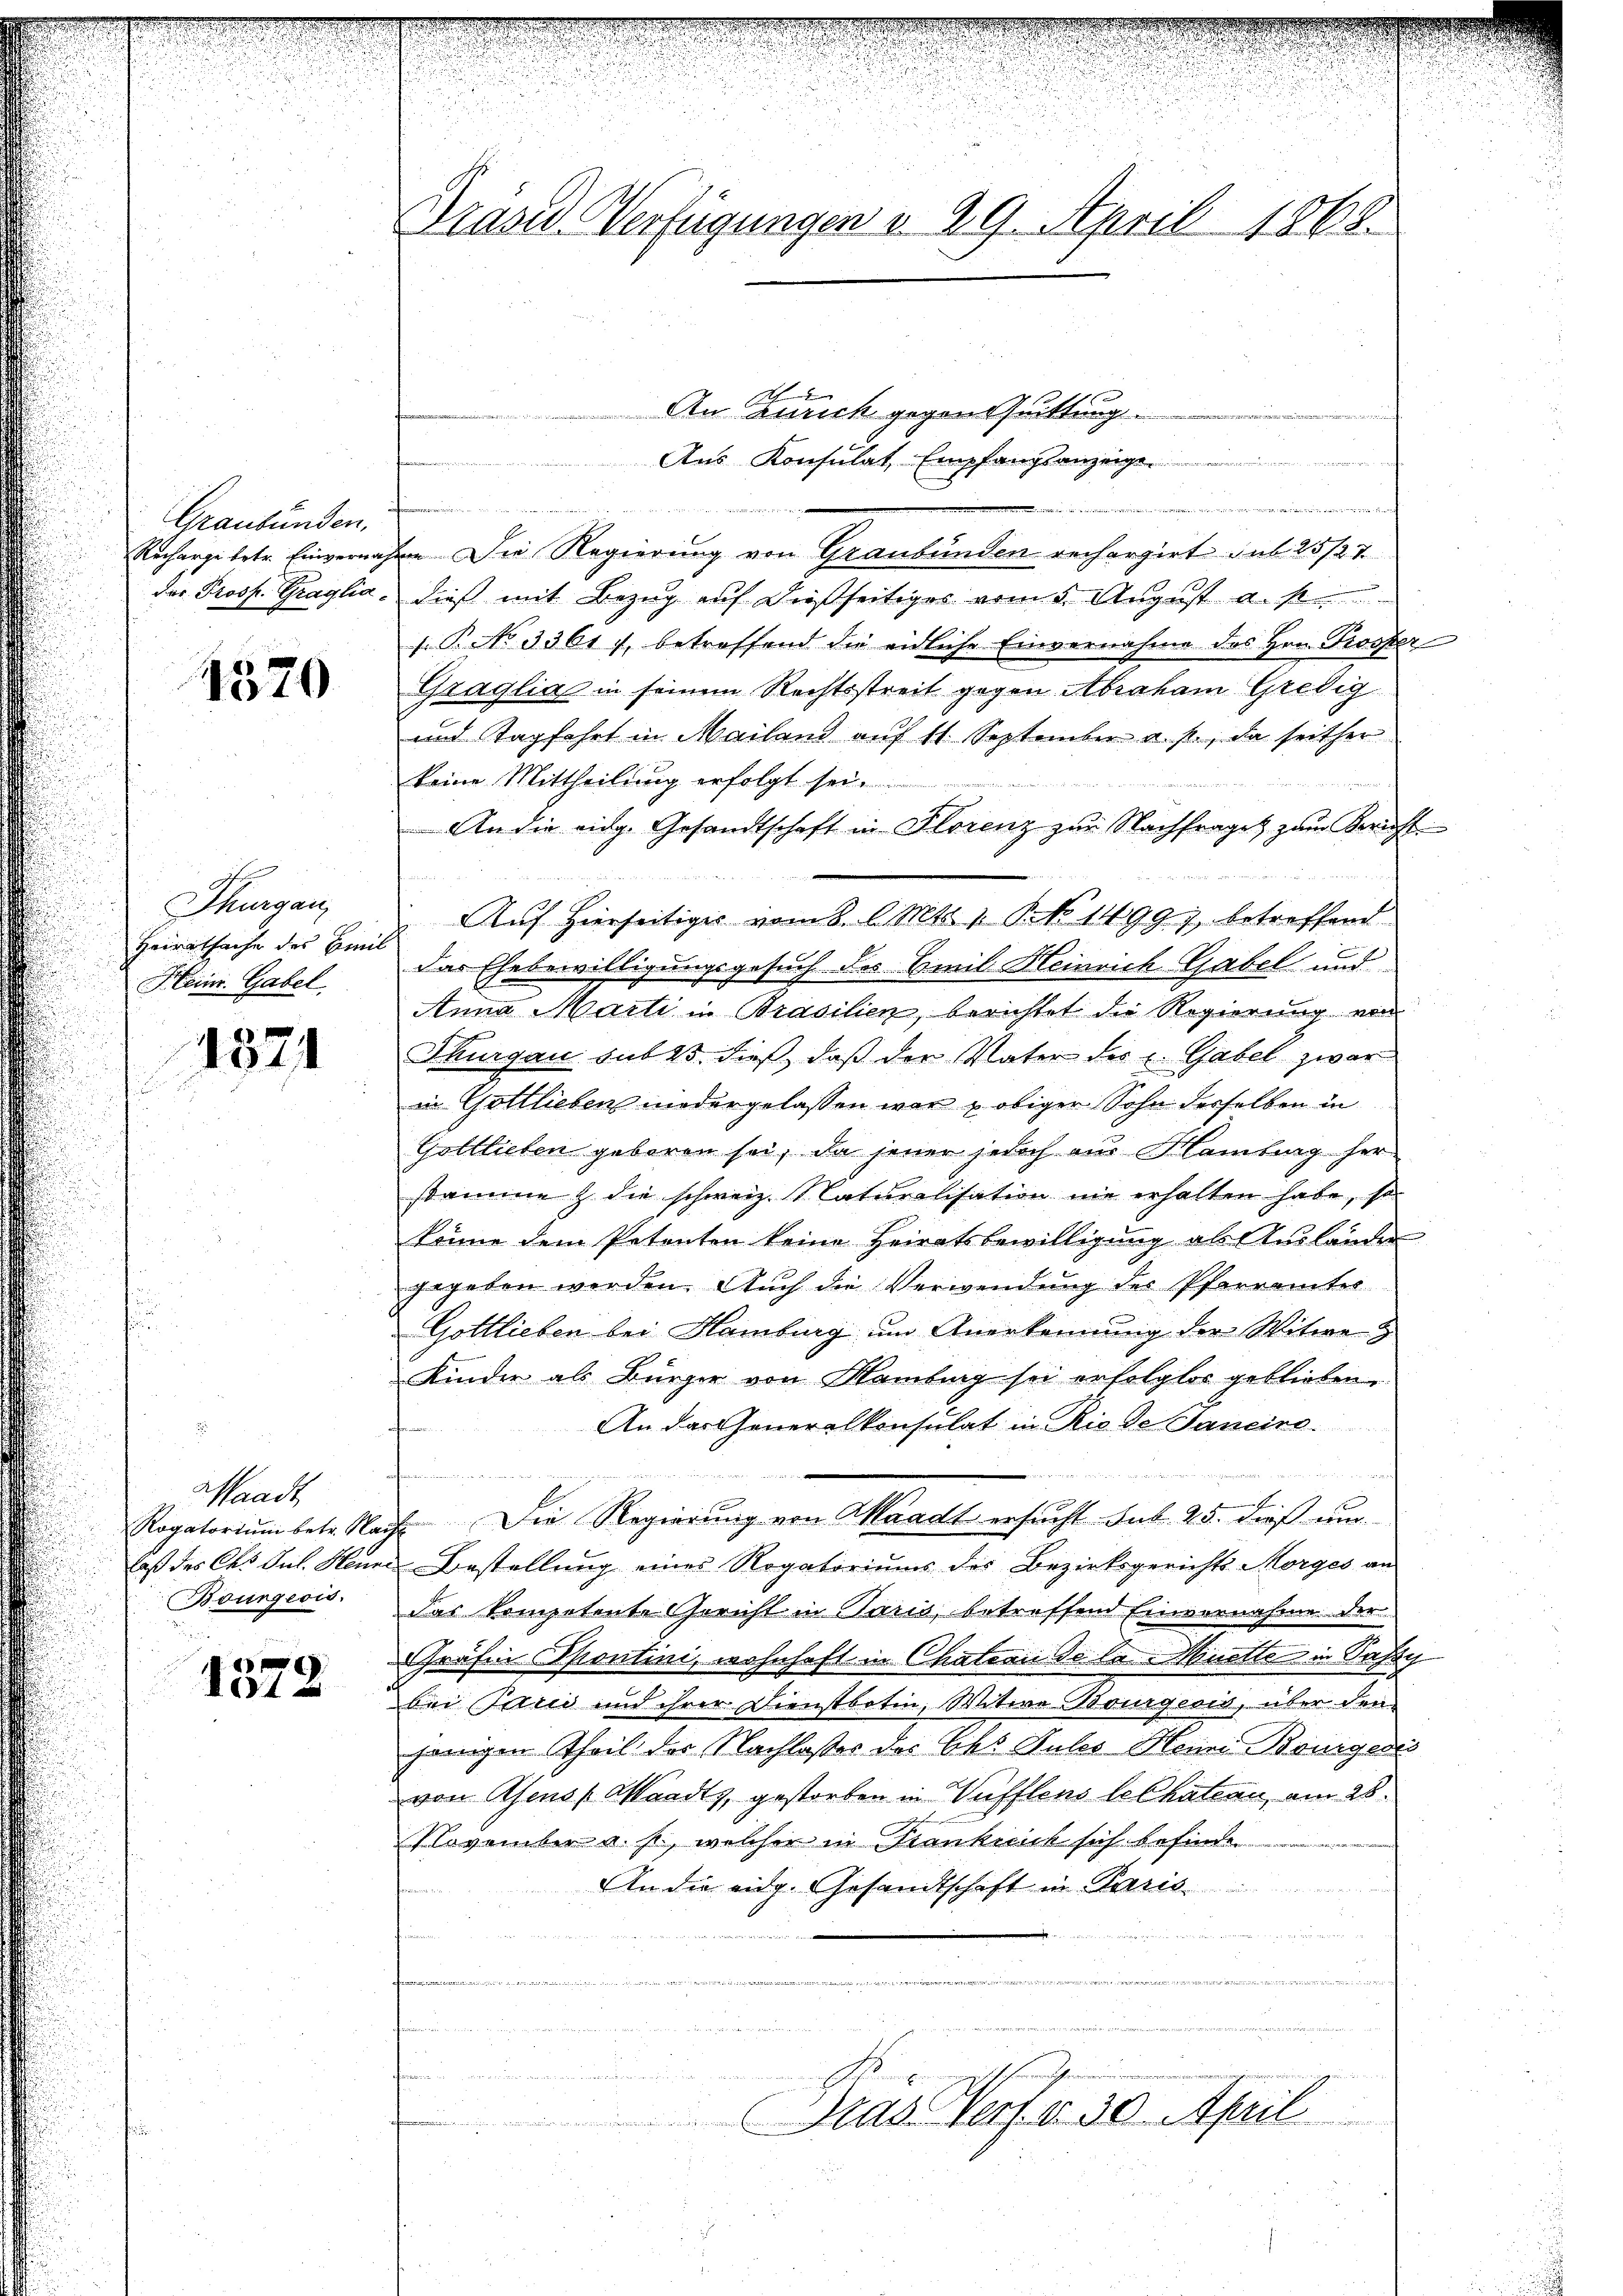
Graubünden,
Recharge betr. Einvernah
das Prosp. Graglia¬

1570

Thurgau
Heiratsache des Emil
Heim. Gabel

1371

Waadt,
Rogatorium betr. Na
laß des Ces Jul. Henne
Bourgeois.

1372

Gräsd Verfügungen v. 29. April 1868.

An Zürich gegentuittung
Aus Konsulat, Empfangsanzeige
, in der man den man den
in Die Regierung von Graubünden recherzirt sub 25/27
dieß mit Bezug auf dießseitiges vom 2. August a. p
s. P. No 3361 f. betreffend die eidliche Einvernahme des Hrn. Prosper
Graglias in seinem Rechtsstreit gegen Abraham Gredig
und Tagfahrt in Mailand auf 11. September a. p., da seither
keine Mittheilung erfolgt sei.
An die eidg. Gesandtschaft in Florenz zŭr Nachfrages zŭm Bericht
Auf hierseitiges vom 8. d. Mts. 1. Bd. 1499, betreffend
das Ehebewilligungsgesuch des Emil Heinrich Gabel und
Anna Marti in Brasilien, berichtet die Regierung von
Thurgau sub 15. dieß, daß der Vater des u Gabel zwar
in Gottlieben niedergelassen war u obiger Sohn derselben in
Golllieten geboren sei, da jener jedoch am Montag her
stamme & die schweiz. Naturalisation nie erhalten habe, so
könne dem Petenten keine Heiratsbewilligung als Auslander
gegeben werden. Auch die Verwendung des Pfarramtes
Gottlieben bei Hamburg um Anerkennung der Witwe
Kinder als Bürger von Maitrag sei erfolglos geblieben.
An das Generalkonsulat in Riede Sancire.

a
Die Regierung von Waadt ersucht. sub. 25. daß um
Bestellung eines Rogatoriums des Bezirksgerichts Morges an
das kompetente Gericht in Paris, betreffend Einvernahme der
Gräfin Spontini, wohnhaft in Chateau de la Muette in Sass
bei Paten und ihrer Dienstboten, Witwe Bourgeris, über den
jenigen Theil der Nachlasses des Chs Gutes Heine Bürger
von Asens Waadt, gestorben in Wufflens le Chateau, am 28.
November a. p., welcher in Konkuik sich befinde
An die eidg. Gesandtschaft in Paris

n

u
.
n
Gras Verf. v. 30. April